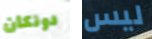
دونكان ليس